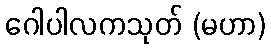
ဂေါပါလကသုတ် (မဟာ)